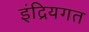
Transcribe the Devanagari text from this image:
इंद्रियगत